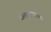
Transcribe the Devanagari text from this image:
चालण्यातल्या